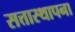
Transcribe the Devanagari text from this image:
सत्तास्थापना